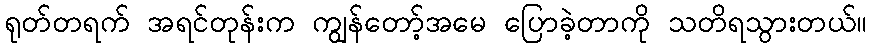
ရုတ်တရက် အရင်တုန်းက ကျွန်တော့်အမေ ပြောခဲ့တာကို သတိရသွားတယ်။